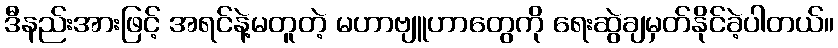
ဒီနည်းအားဖြင့် အရင်နဲ့မတူတဲ့ မဟာဗျူဟာတွေကို ရေးဆွဲချမှတ်နိုင်ခဲ့ပါတယ်။